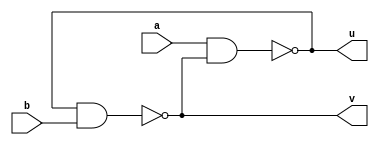
module nand_latch (u,v,a,b);

input a,b;
output u,v;

nand G1 (u,a,v);
nand G2 (v,u,b);

endmodule